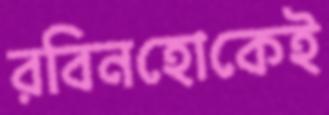
রবিনহোকেই